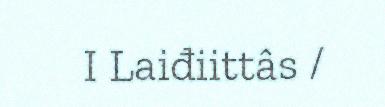
I Laiđiittâs /